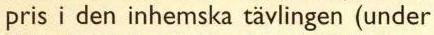
pris i den inhemska tävlingen (under